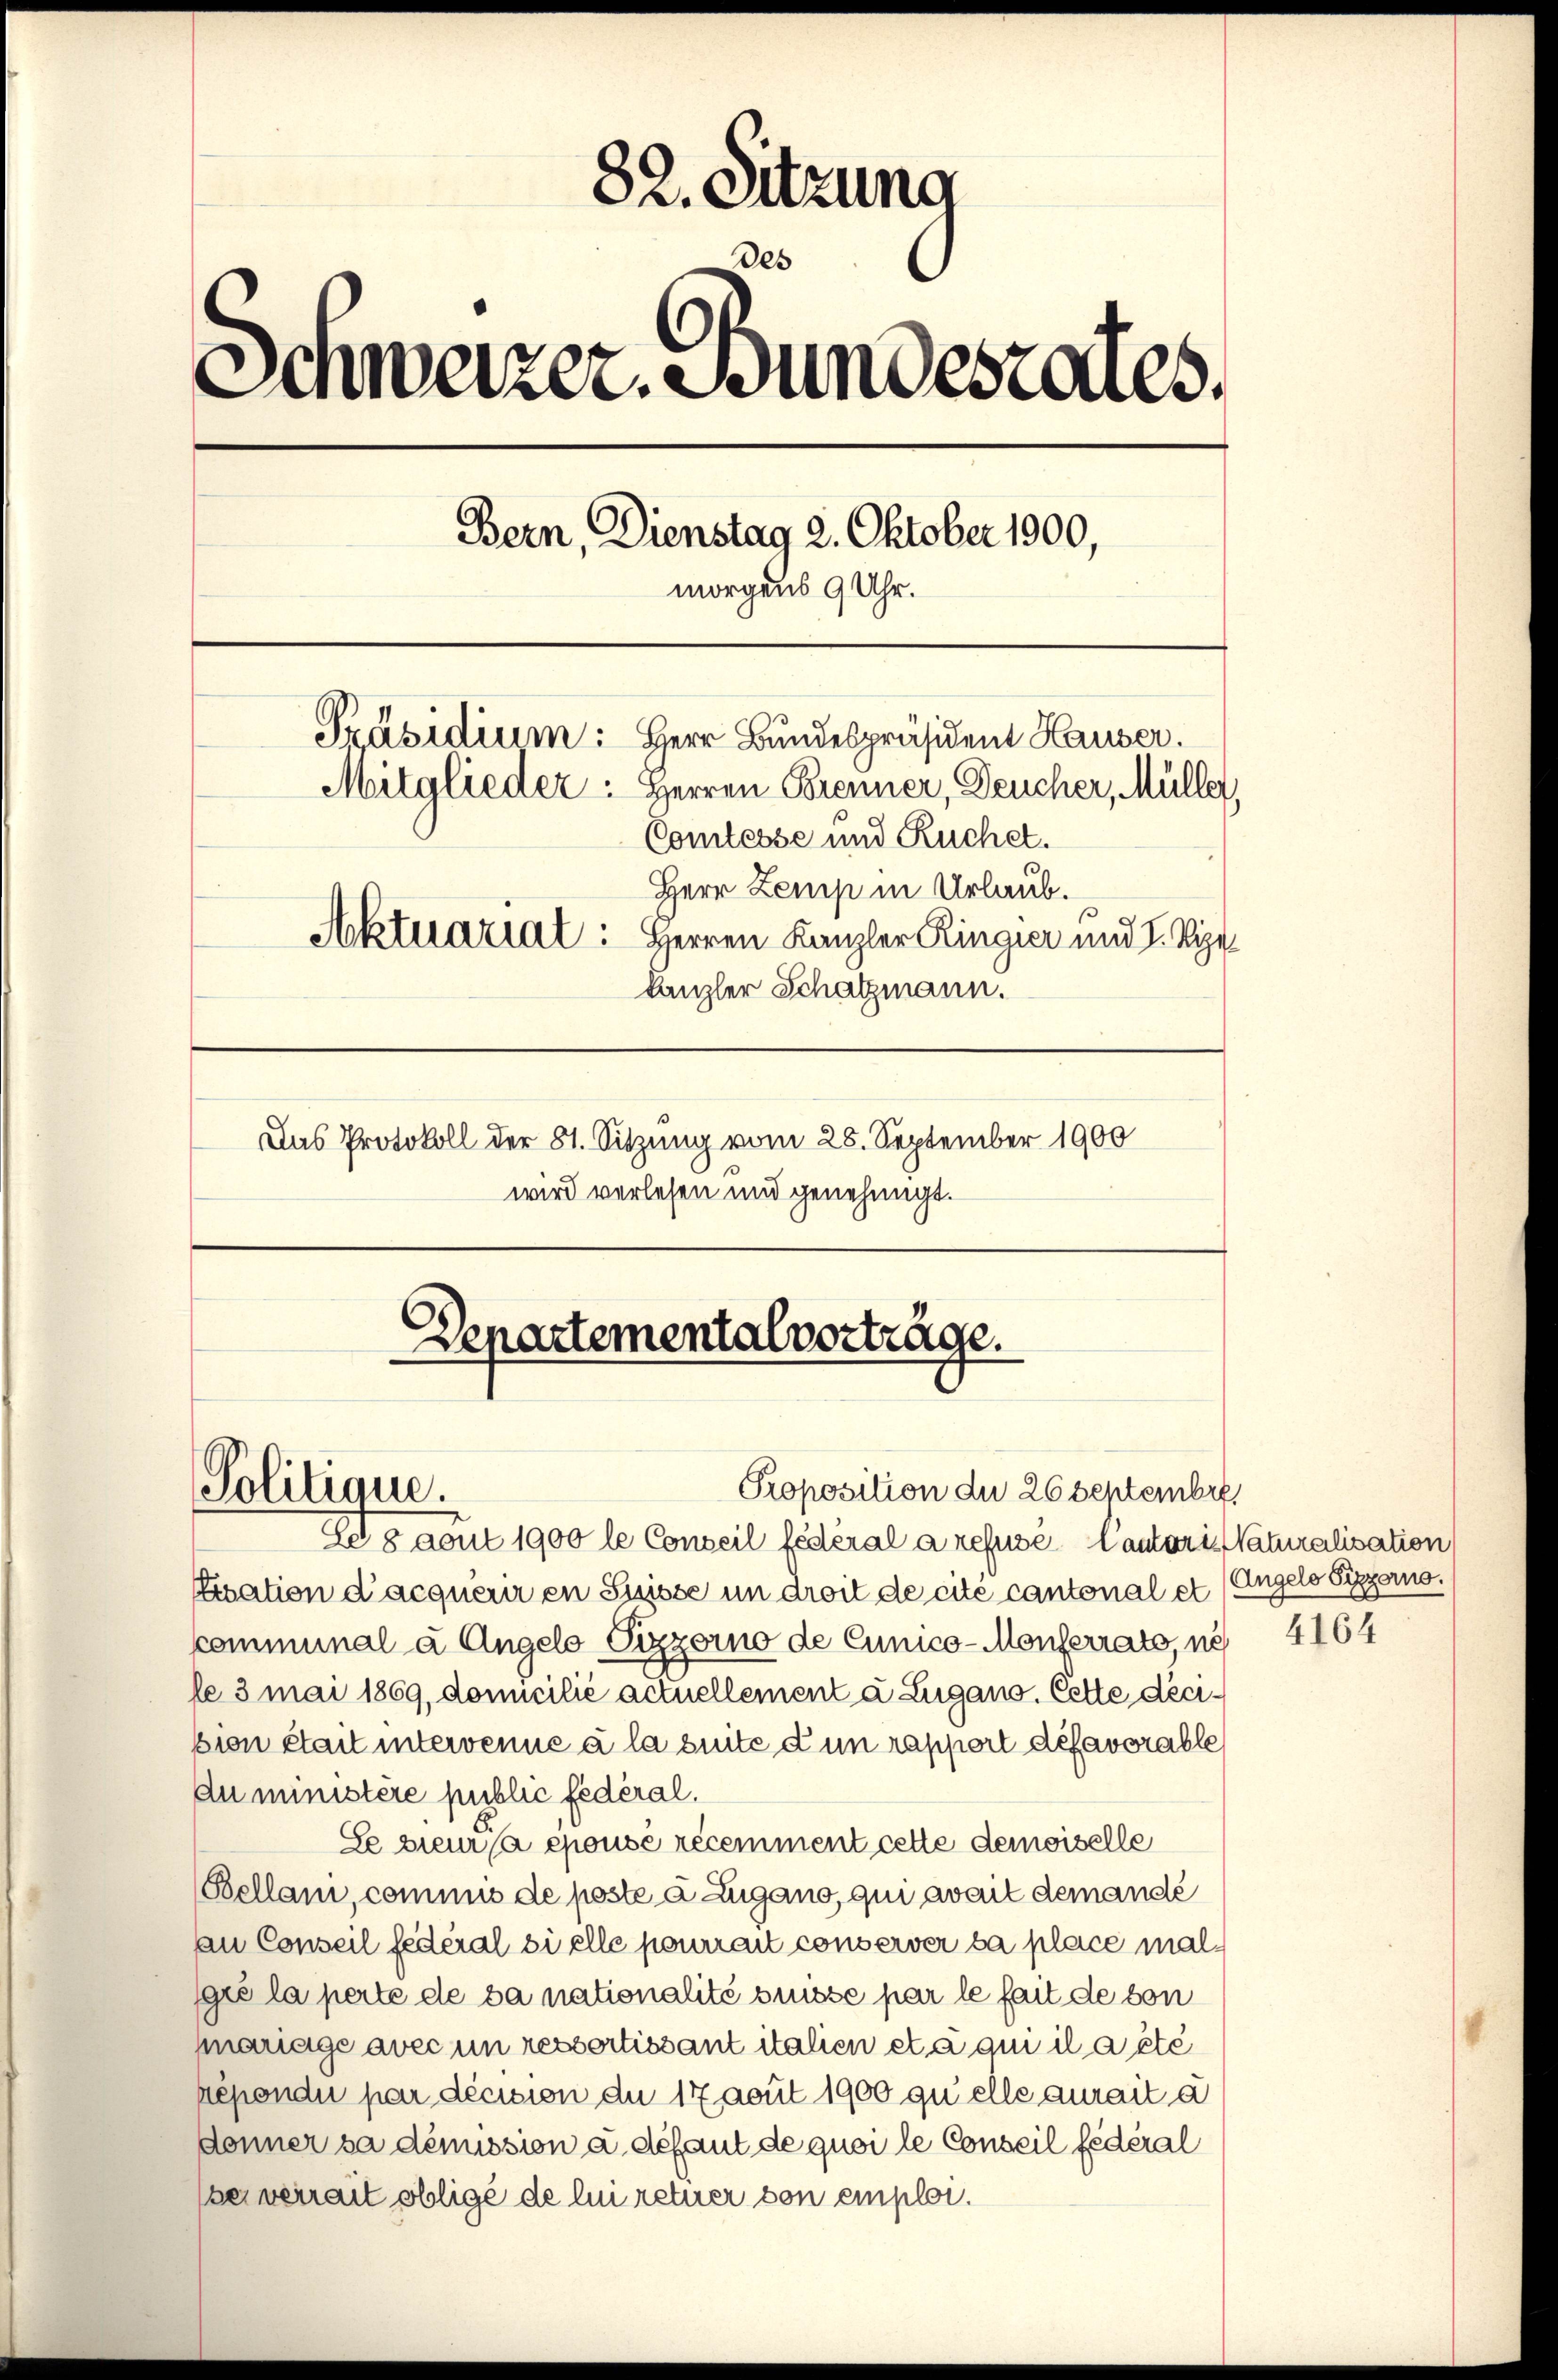
82. Sitzung
des
Schweizer. Bundestalles.
Bern, Dienstag 2. Oktober 1900,
morgens 9 Uhr.
Präsidium: Herr Bundespräsident Hauser.
Mitglieder: Herren Brenner, Deucher, Müller,
Comtesse und Ruchet.
Herr Zemp in Urlaub.
Aktuariat: Herren Kanzler Ringier und I. Sie
kanzler Schatzmann.
Das Protokoll der 81. Sitzung vom 28. September 1900
wird verlesen und genehmigt.

Proposition du 26 Septembre.
Eegaout 1900 le Conseil fédéral a refusé Cautoris Naturalisation
Eication d’acquérir en Suisse in droit de cité cantonal et
communal à Angelo Pizzorno de Cunico-Monferrats, ne
le 3 mai 1869, domicilié actuellement à Zugano. Cette decisien était intervenue à la suite d un rapport défavorable
au ministere public fédéral.
Se pieur sa epousé récemment cette demoiselle
Bellani, commis de poste à Zugano, qui avait demandé
an Conseil federal si elle pourrait conserver sa place malgré la perte de da nationalité brüsse par le fait de von
sariage avec un ressertissant italien et a qui il a été
répondi par décision du 17 aput 1900 quelle aurait à
donner sa démission a défaut de quoi le Conseil fédéral
bei verrait obligé de lui retuer von emploi.

Politique.

Departementalvorträge.

Angelo Pizzorno.

4164